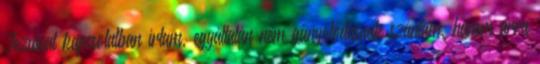
Jézussal kapcsolatban írtam, egyáltalán nem gúnyolódásnak szántam, hanem arra